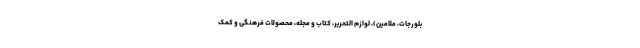
بلورجات، ملامین)، لوازم التحریر، کتاب و مجله، محصولات فرهنگی و کمک